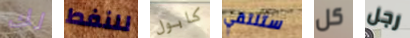
لك للنفط كابول ستلتقي كل رجل